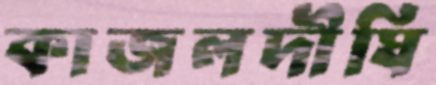
কাজলদীঘি